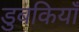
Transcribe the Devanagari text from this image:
डुबकियाँ